Annual report on the working of the mental hospitals in the Madras Presidency - 1912-1932
Year: 1912
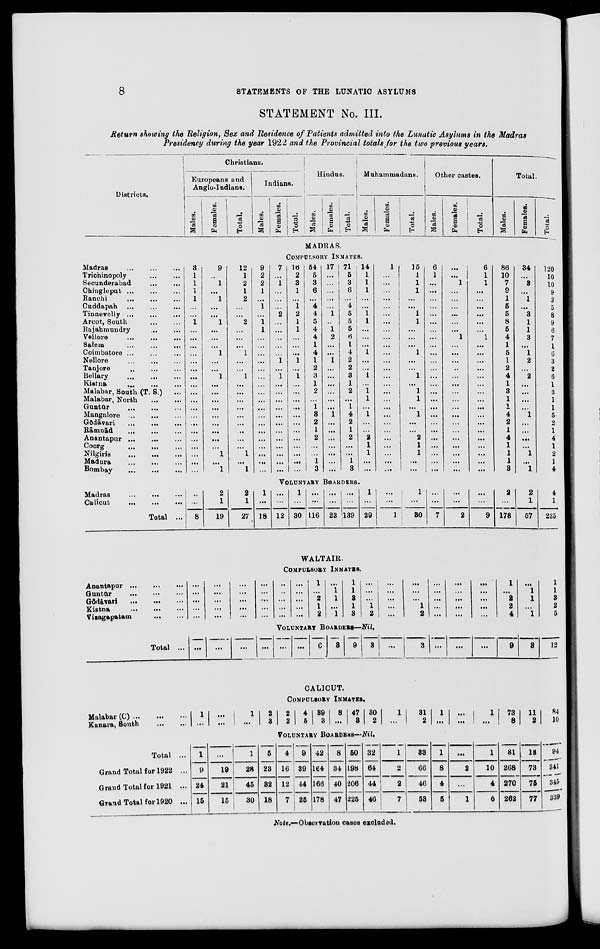
8
STATEMENTS
OF
THE LUNATIC ASYLUMS
STATEMENT No. III.
Return showing the Religion, Sex and Residence of Patients admitted into the Lunatic Asylums in the Madras
Presidency during the year 1922 and the Provincial totals for the two previous years.
Districts.
Madras ... ... ...
Trichinopoly
...
...
Secunderabad ... ...
Chingleput
...
...
...
Ranchi ... ... ...
Cuddapab
...
...
...
Tinnevelly
...
...
...
Arcot, South
...
...
Rajahmundry
...
...
Vellore
...
...
...
Salem
...
...
...
Coimbatore ... ... ...
Nellore
...
...
...
Tanjore ... ... ...
Bellary
...
...
...
Kistna
...
...
...
Malabar, South (T. S.)
...
Malabar, North ... ...
Guntūr
...
...
...
Mangalore
...
...
...
Gōdavāri
...
...
...
Rāmnād ... ... ...
Anantapur
...
...
...
Coorg
...
...
...
Nilgiris
...
...
...
Madura ... ... ...
Bombay
...
...
...
Madras ... ... ...
Calicut
...
...
...
Total ...
Anantapur
...
...
...
Guntūr ... ... ...
Gōdāvari ... ... ...
Kistna ... ... ...
Vizagapatam
...
...
Total ...
Malabar
(C) ... ... ...
Kanara, South ... ...
Total ...
Grand Total for 1922 ...
Grand Total for 1921 ...
Grand Total for 1920 ...
Christians.
Europeans and
Anglo-Indians.
Males.
Females.
Total.
Indians.
Males.
Females.
Total.
Hindus.
Males.
Females.
Total.
Muhammadans.
Males.
Females.
Total.
Other castes.
Males.
Females.
Total.
Total.
Males.
Females.
Total.
MADRAS.
COMPULSORY INMATES.
3
1
1
1
1
...
...
1
...
...
...
...
...
...
...
...
...
...
...
...
...
...
...
...
...
...
...
9
..
1
...
1
...
...
1
...
...
...
1
...
...
1
...
...
...
...
...
...
...
...
...
1
...
1
12
1
2
1
2
...
...
2
...
...
...
1
...
...
1
...
...
...
...
...
...
...
...
...
1
...
1
9
2
2
1
...
1
...
1
1
...
...
...
...
...
...
...
...
...
...
...
...
...
...
...
...
...
...
7
...
1
...
...
...
2
...
...
...
...
...
1
...
1
...
...
...
...
...
...
...
...
...
...
...
...
16
2
3
1
...
1
2
1
1
...
...
...
1
...
1
...
...
...
...
...
...
...
...
...
...
...
...
54
5
3
6
...
4
1
5
4
4
1
4
1
2
3
1
2
...
1
3
2
1
2
...
...
1
3
17
...
...
...
...
...
1
...
1
2
...
...
1
...
...
...
...
...
...
1
...
...
...
...
...
...
...
71
5
3
6
...
4
5
5
5
6
1
4
2
2
3
1
2
...
1
4
2
1
2
...
...
1
3
14
1
1
1
...
...
1
1
...
...
...
1
...
...
1
...
1
1
...
1
...
...
2
1
1
...
...
1
...
...
...
...
...
...
...
...
...
...
...
...
...
...
...
...
...
...
...
...
...
...
...
...
...
...
15
1
1
1
...
...
1
1
...
...
...
1
...
...
1
...
1
1
...
1
...
...
2
1
1
...
...
6
1
...
...
...
...
...
...
...
...
...
...
...
...
...
...
...
...
...
...
...
...
...
...
...
...
...
...
...
1
...
...
...
...
...
...
1
...
...
...
.,
...
...
...
...
...
...
...
...
...
...
...
...
...
6
1
1
...
...
...
...
...
...
1
...
...
...
...
...
...
...
...
...
...
...
...
...
...
...
...
...
86
10
7
9
1
5
5
8
5
4
1
5
1
2
4
1
3
1
1
4
2
1
4
1
1
1
3
34
...
3
...
1
...
3
1
1
3
...
1
2
...
2
...
...
...
...
1
...
...
...
...
1
...
1
120
10
10
9
2
5
8
9
6
7
1
6
3
2
6
1
3
1
1
5
2
1
4
1
2
1
4
VOLUNTARY BOARDERS.
...
...
8
2
1
19
2
1
27
1
...
18
...
...
12
1
...
30
...
...
116
...
...
23
...
...
139
1
...
29
...
...
1
1
...
30
...
...
7
...
...
2
...
...
9
2
...
178
2
1
57
4
1
235
WALTAIR.
COMPULSORY INMATES.
...
...
...
...
...
...
...
...
...
...
...
...
...
...
...
...
...
...
...
...
..
...
...
...
...
...
...
...
...
...
1
...
2
1
2
...
1
1
...
1
1
1
3
1
3
...
...
...
1
2
...
...
...
...
...
...
...
...
1
2
...
...
...
...
...
...
...
...
...
...
...
...
...
...
...
1
...
2
2
4
...
1
1
...
1
1
1
3
2
5
VOLUNTARY BOARDERS—Nil.
...
...
...
...
...
...
6
3
9
3
...
3 ...
...
...
9
3
12
CALICUT.
COMPULSORY INMATES.
1
...
...
...
1
...
2
3
2
2
4
5
39
3
8
...
47
3
30
2
1
...
31
2
1
...
...
...
1
...
73
8
11
2
84
10
VOLUNTARY BOARDERS-Nil.
1
9
24
15
...
19
21
15
1
28
45
30
5
23
32
18
4
16
12
7
9
39
44
25
42
164
166
178
8
34
40
47
50
198
206
225
32
64
44
46
1
2
2
7
33
66
46
53
1
8
4
5
...
2
...
1
1
10
4
6
81
268
270
262
13
73
75
77
94
341
345
339
Note.—Observation cases excluded.